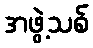
အဖွဲ့သစ်